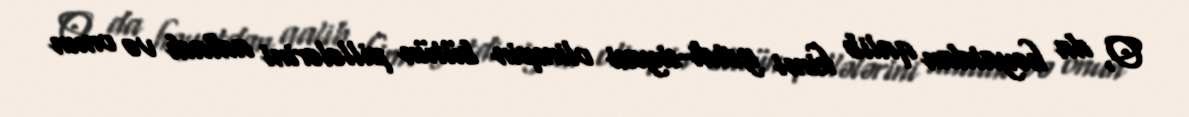
O, da həyatdan qalib kimi getdi-siyasi olimpin bütün pillələrini adladı və onun